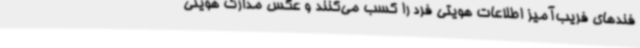
فندهای فریب‌آمیز اطلاعات هویتی فرد را کسب می‌کنند و عکس مدارک هویتی